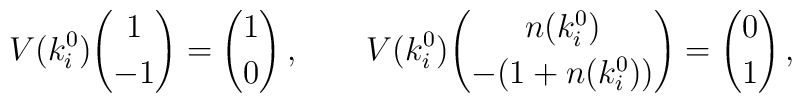
V(k^0_i){1\choose -1}={1\choose 0}\, ,\qquad   V(k^0_i){n(k^0_i)\choose -(1+n(k^0_i))}={0\choose 1}\, ,